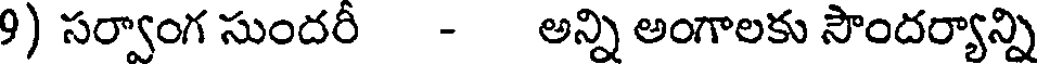
9) సర్వాంగ సుందరీ - అన్ని అంగాలకు సౌందర్యాన్ని